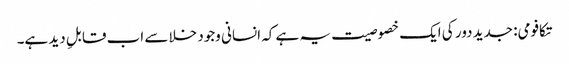
تکافومی: جدید دور کی ایک خصوصیت یہ ہے کہ انسانی وجود خلا سے اب قابلِ دید ہے۔